NAE_EAOK_eestikeelsed_sunnimeetrikad, lk 41
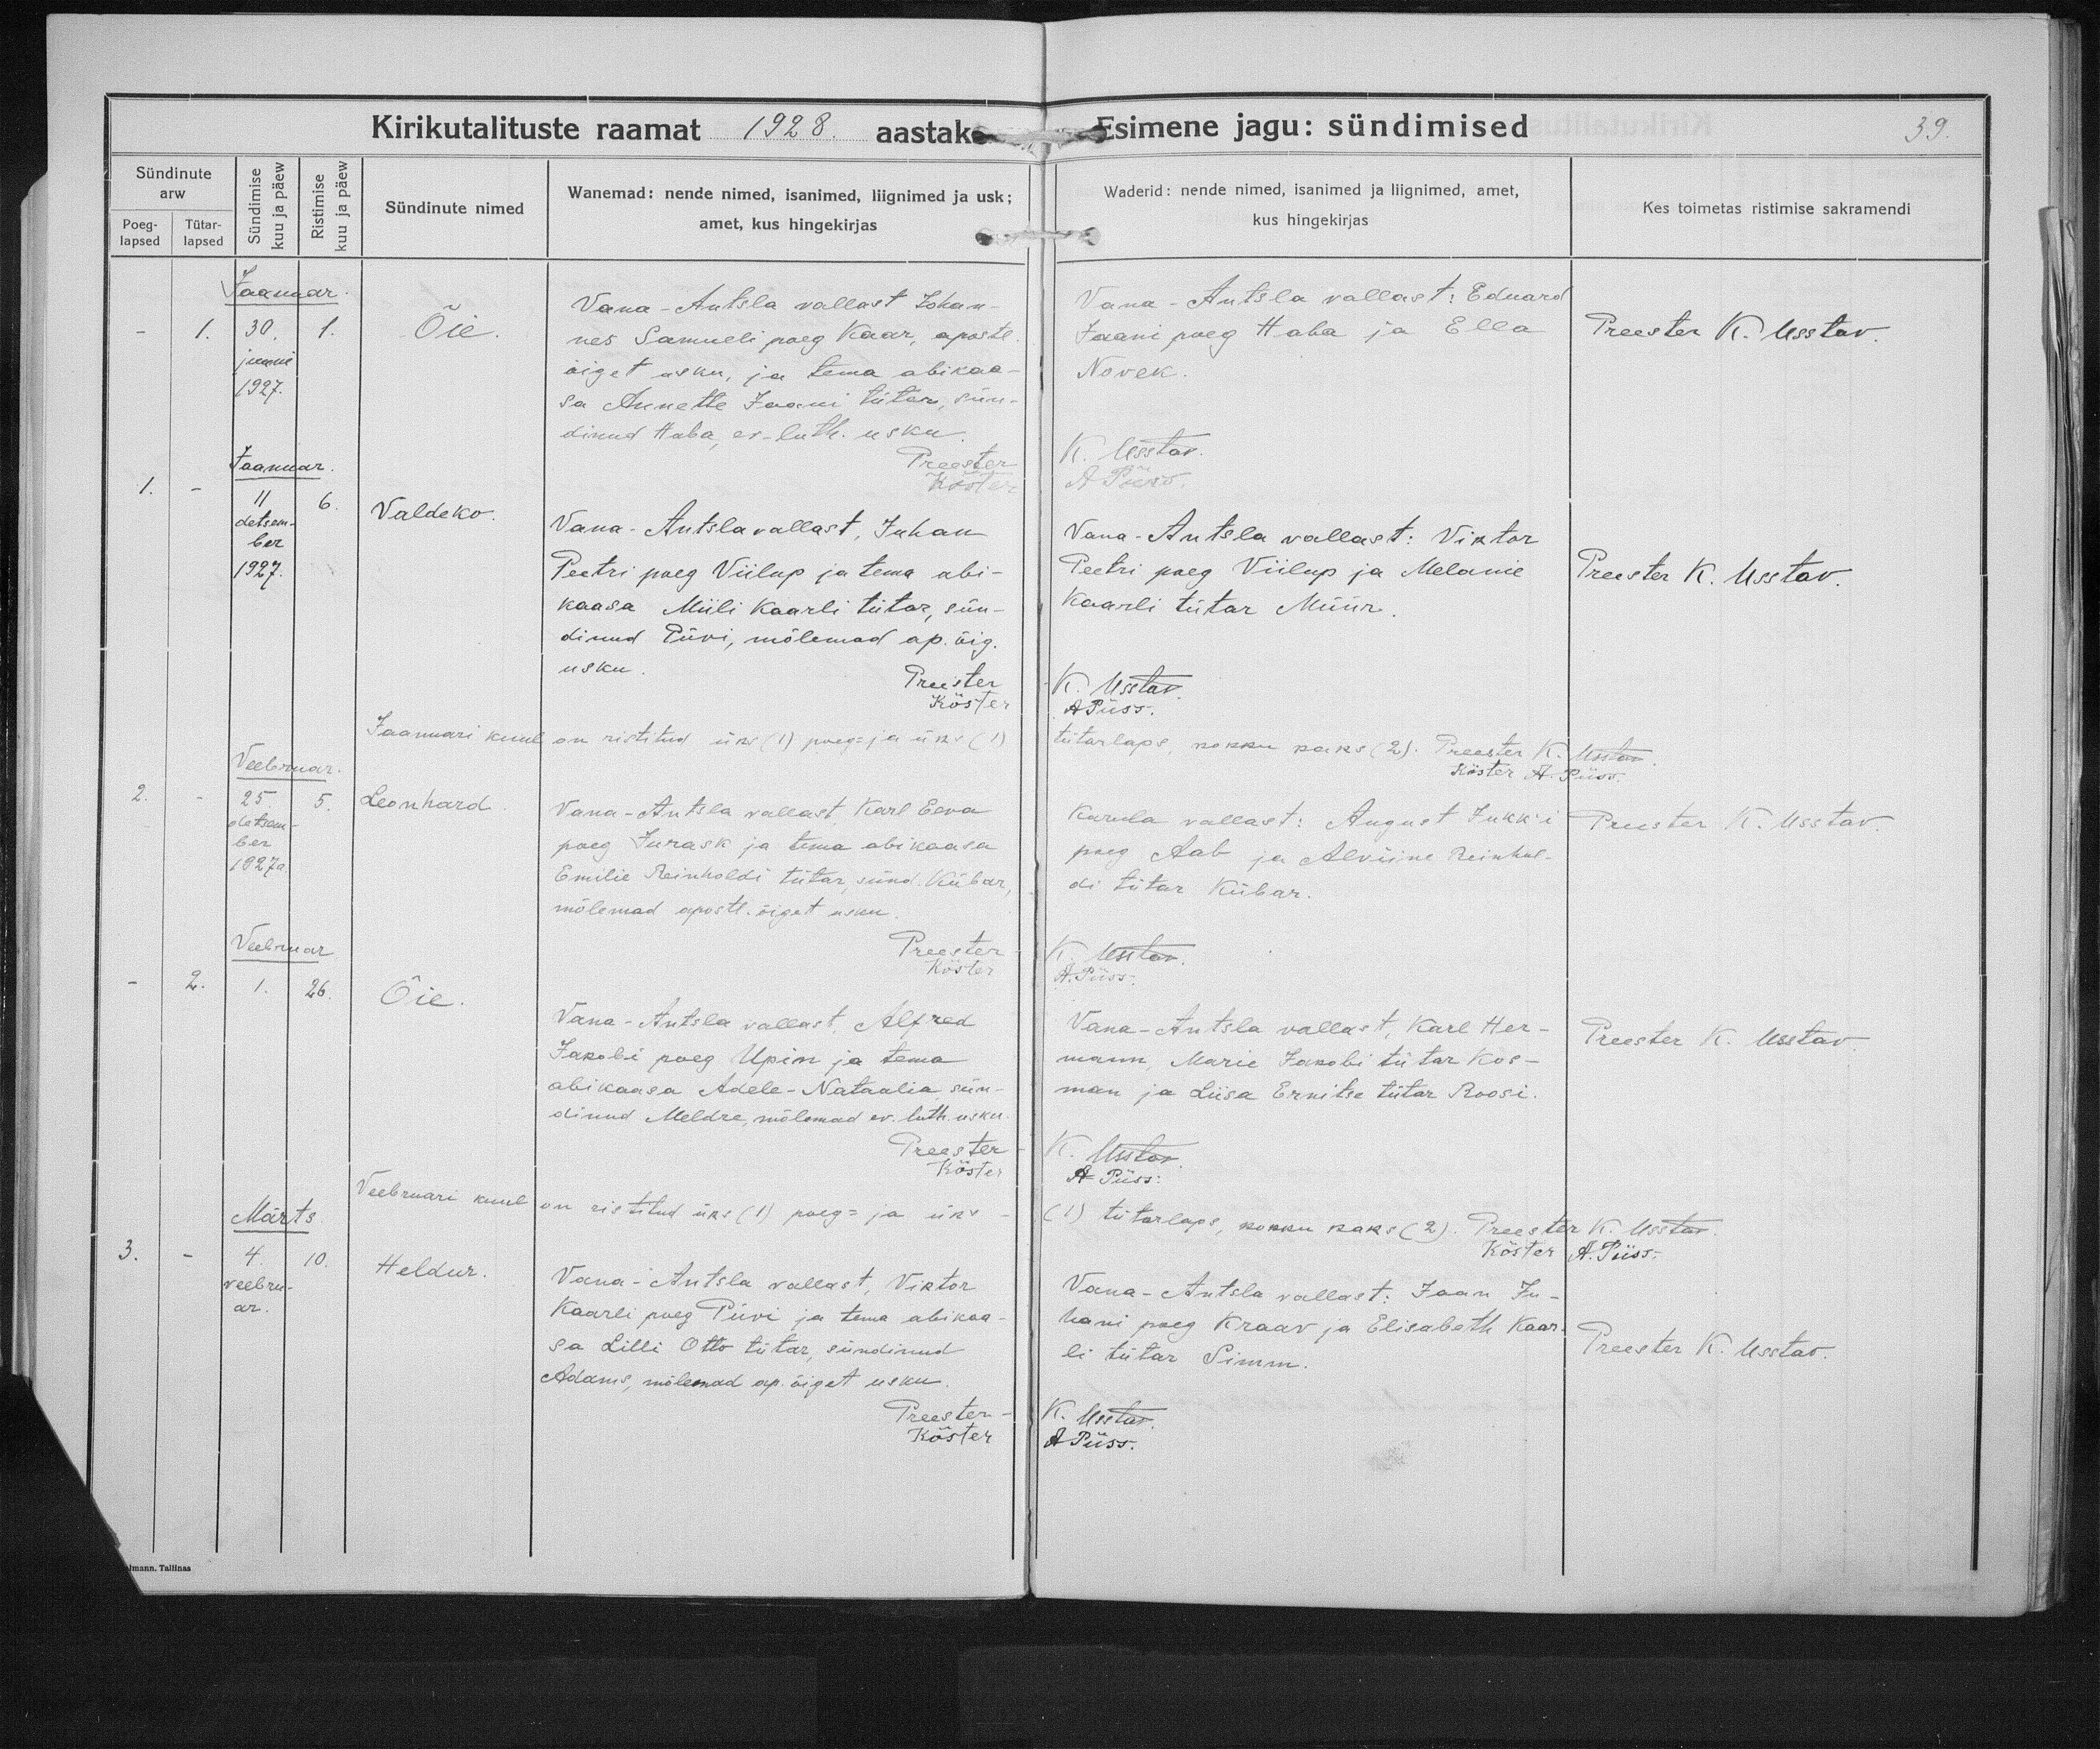
Õie

Valdeko

Leonhard

Õie

Heldur

Vana-Antsla vallast Johan-
nes Samueli poeg Kaar, apostl.
õiget usku, ja tema abikaa-
sa Annette Jaani tütar, sün-
dinud Habam ev-luth. usku.

Vana-Antsla vallast, Juhan
Peetri poeg Viilup ja tema abi-
kaasa Miili Kaarli tütar, sün-
dinud Püvi, mõlemad ap. õig.
usku.

Vana-Antsla vallast Karl Eeva
poeg Juraks ja tema abikaasa
Emilie Reinholdi tütar, sünd Kübar,
mõlemad apostl. õiget usku.

Vana-Antsla vallast Alfred
Jakobi poeg Upin ja tema
abikaasa Adele-Nataalia, sün-
dinud Meldre, mõlemad ev. luth. usku.

Vana-Antsla vallast, Viktor
Kaarli poeg Püvi ja tema abikaa-
sa Lilli Otto tütar, sündinud
Adams, mõlemad ap. õiget usku.